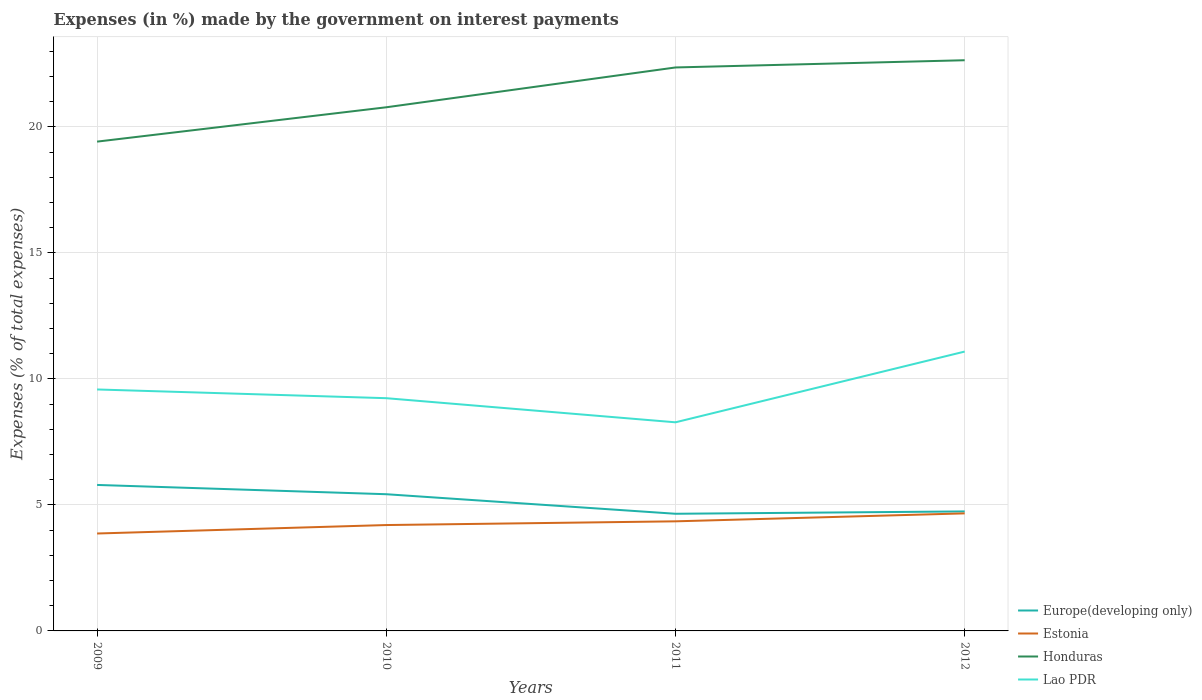
| Years | Europe(developing only) | Estonia | Honduras | Lao PDR |
 | --- | --- | --- | --- | --- |
 | 2009 | 5.79 | 3.87 | 19.4 | 9.58 |
 | 2010 | 5.42 | 4.2 | 20.8 | 9.23 |
 | 2011 | 4.65 | 4.35 | 22.4 | 8.28 |
 | 2012 | 4.74 | 4.66 | 22.6 | 11.1 |